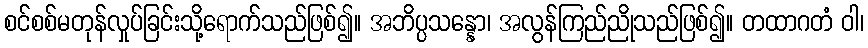
စင်စစ်မတုန်လှုပ်ခြင်းသို့ရောက်သည်ဖြစ်၍။ အဘိပ္ပသန္နော၊ အလွန်ကြည်ညိုသည်ဖြစ်၍။ တထာဂတံ ဝါ၊